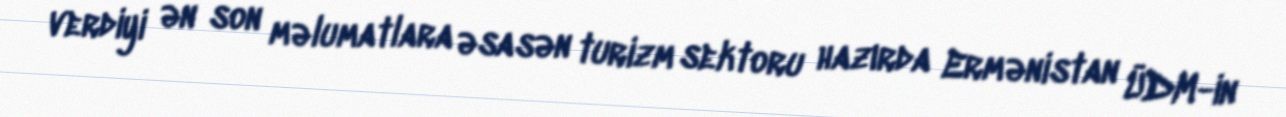
verdiyi ən son məlumatlara əsasən turizm sektoru hazırda Ermənistan ÜDM-in